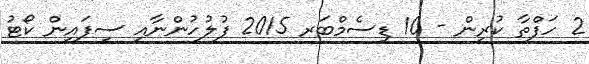
2 ހަފްތާ ކުރިން - 10 ޑިސެމްބަރ 2015 ފުލުހުންނާއި ސިފައިން ކޯޓު